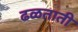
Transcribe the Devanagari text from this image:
ढळताती